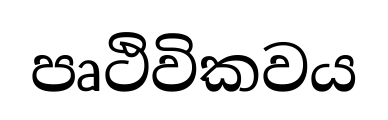
පෘථිවිකවය